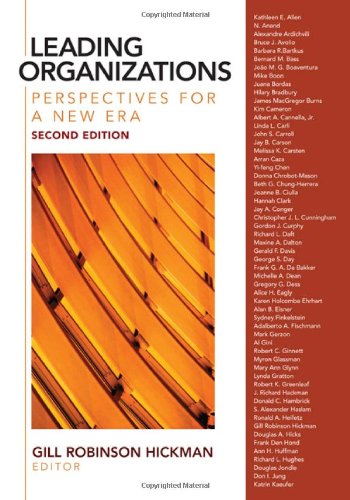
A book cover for Leading Organizations: Perspectives for a New Era; Business & Money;